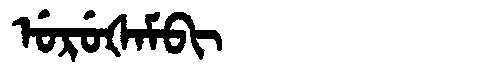
Manchu: ᡠᡵᡠᡧᠠᠮᠪᡳ
Romanization: URUŠAMBI